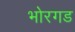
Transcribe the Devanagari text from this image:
भोरगड